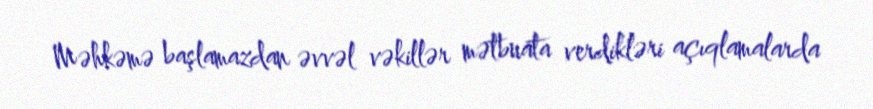
Məhkəmə başlamazdan əvvəl vəkillər mətbuata verdikləri açıqlamalarda